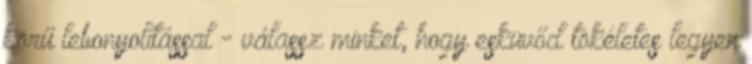
körű lebonyolítással - válassz minket, hogy esküvőd tökéletes legyen